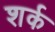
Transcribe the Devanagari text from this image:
शर्क